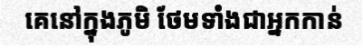
គេនៅក្នុងភូមិ ថែមទាំងជាអ្នកកាន់